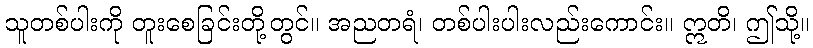
သူတစ်ပါးကို တူးစေခြင်းတို့တွင်။ အညတရံ၊ တစ်ပါးပါးလည်းကောင်း။ ဣတိ၊ ဤသို့။